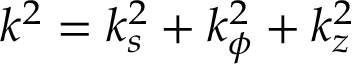
k ^ { 2 } = k _ { s } ^ { 2 } + k _ { \phi } ^ { 2 } + k _ { z } ^ { 2 }